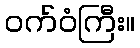
ဝက်ဝံကြီး။